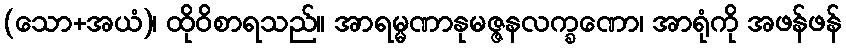
(သော+အယံ)၊ ထိုဝိစာရသည်။ အာရမ္မဏာနုမဇ္ဇနလက္ခဏော၊ အာရုံကို အဖန်ဖန်